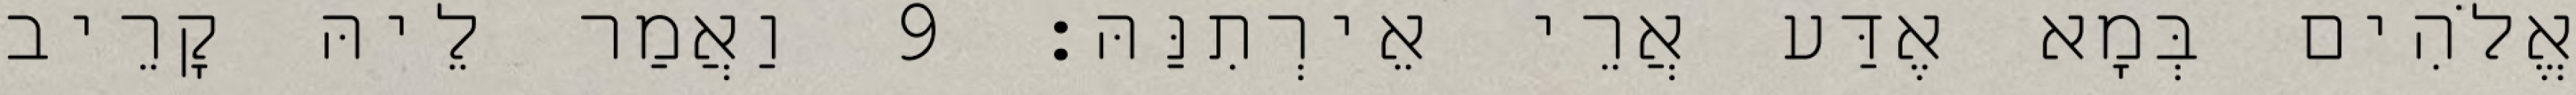
אֱלֹהִים בְּמָא אֶדַּע אֲרֵי אֵירְתִנַּהּ׃ 9 וַאֲמַר לֵיהּ קָרֵיב